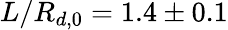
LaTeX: L/R_{d,0}=1.4\pm 0.1